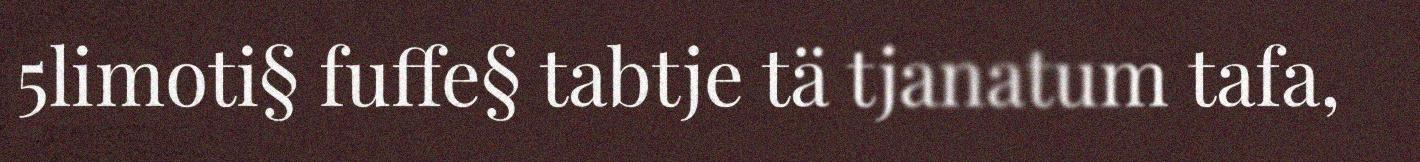
5limoti§ fuffe§ tabtje tä tjanatum tafa,